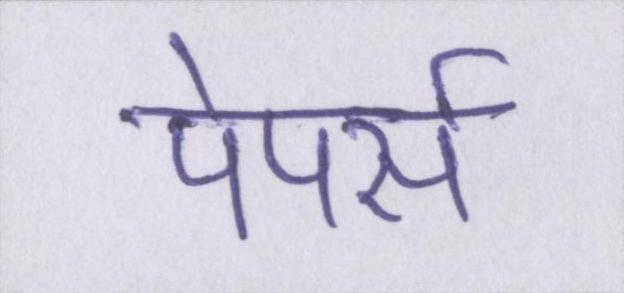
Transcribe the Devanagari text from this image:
पेपर्स